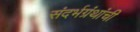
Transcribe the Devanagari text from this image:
संदर्भग्रंथांची